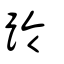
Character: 跉